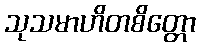
သုသမာဟိတစိတ္တော